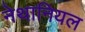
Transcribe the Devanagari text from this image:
नेथानियल